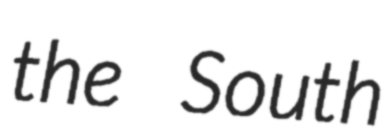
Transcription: the South